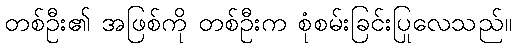
တစ်ဦး၏ အဖြစ်ကို တစ်ဦးက စုံစမ်းခြင်းပြုလေသည်။